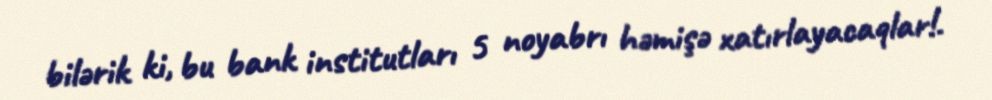
bilərik ki, bu bank institutları 5 noyabrı həmişə xatırlayacaqlar!.